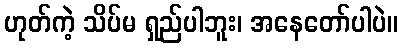
ဟုတ်ကဲ့ သိပ်မ ရှည်ပါဘူး၊ အနေတော်ပါပဲ။